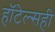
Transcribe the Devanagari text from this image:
हॉटेल्सही